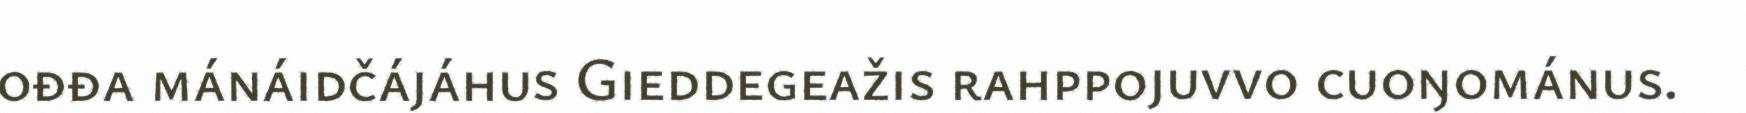
ođđa mánáidčájáhus Gieddegeažis rahppojuvvo cuoŋománus.